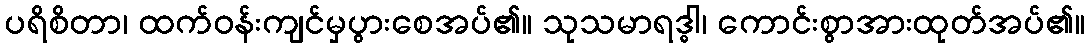
ပရိစိတာ၊ ထက်ဝန်းကျင်မှပွားစေအပ်၏။ သုသမာရဒ္ဓါ၊ ကောင်းစွာအားထုတ်အပ်၏။